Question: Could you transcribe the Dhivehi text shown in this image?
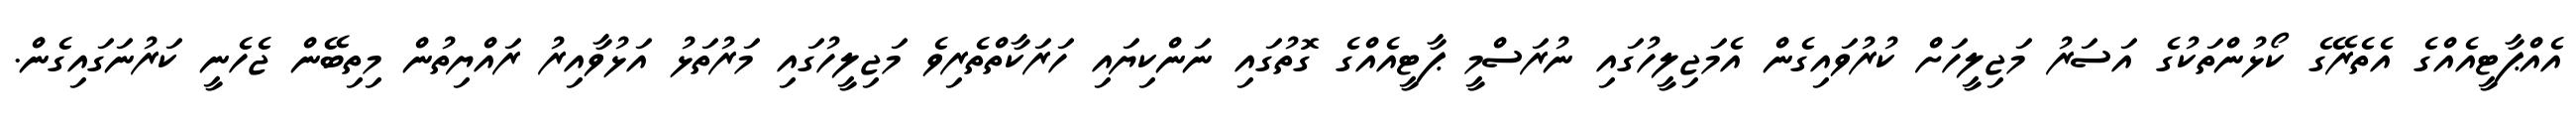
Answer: އެއްޕާޓީއެއްގެ އެތެރޭގެ ކޯޅުންތަކުގެ އަސަރު މަޖިލީހަށް ކުރުވައިގެން އެމަޖިލީހުގައި ނުރަސްމީ ޕާޓީއެއްގެ ގޮތުގައި ނަންކިޔައި ހަރަކާތްތެރިވެ މަޖިލީހުގައި މަރުތަޅު އަޅުވާއިރު ރައްޔިތުން މިތިބޭން ޖެހެނީ ކަރުނަގައިގެން.